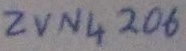
Text: ZVN4206